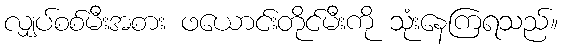
လျှပ်စစ်မီးအစား ဖယောင်းတိုင်မီးကို သုံးနေကြရသည်။